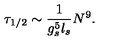
\tau _ { 1 / 2 } \sim { \frac { 1 } { g _ { s } ^ { 5 } l _ { s } } } N ^ { 9 } .